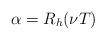
LaTeX: \begin{align*}\alpha = R_h(\nu T)\end{align*}